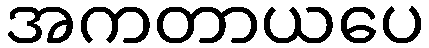
အကတာယပေ